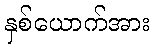
နှစ်ယောက်အား